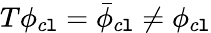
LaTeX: T\phi_{c\mathtt{l}}=\bar{{\phi}}_{c\mathtt{l}}\neq\phi_{c\mathtt{l}}